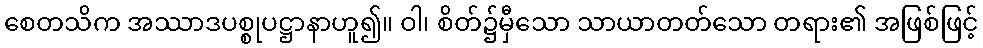
စေတသိက အဿာဒပစ္စုပဋ္ဌာနာဟူ၍။ ဝါ၊ စိတ်၌မှီသော သာယာတတ်သော တရား၏ အဖြစ်ဖြင့်